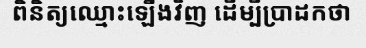
ពិនិត្យឈ្មោះឡើងវិញ ដើម្បីប្រាដកថា